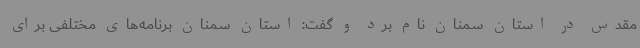
مقدس در استان سمنان نام برد و گفت: استان سمنان برنامه‌های مختلفی برای